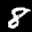
Label: 8